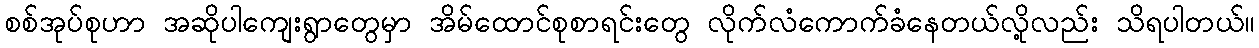
စစ်အုပ်စုဟာ အဆိုပါကျေးရွာတွေမှာ အိမ်ထောင်စုစာရင်းတွေ လိုက်လံကောက်ခံနေတယ်လို့လည်း သိရပါတယ်။